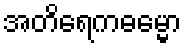
အတိရေကဓမ္မော